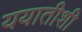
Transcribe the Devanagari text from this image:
ययातीशी